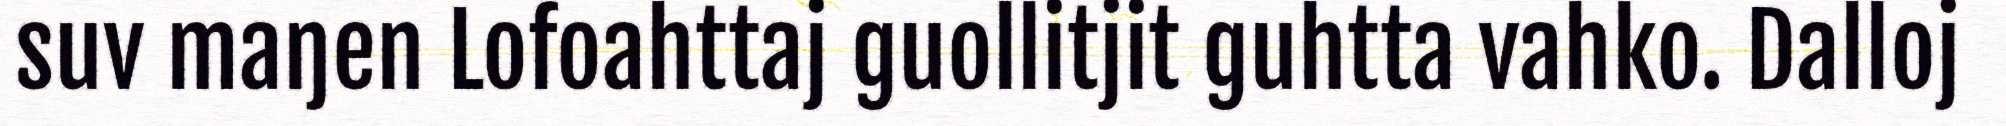
suv maŋen Lofoahttaj guollitjit guhtta vahko. Dalloj